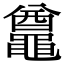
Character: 𪓵